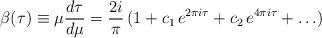
LaTeX: \begin{align*}\beta(\tau)\equiv \mu { d \tau\over d \mu} = { 2 i \over \pi} \,( 1 + c_1 \, e^{2 \pi i \tau} + c_2 \, e^{4 \pi i \tau}+ \ldots)\end{align*}